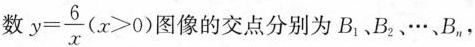
数$$y= \frac{6}{x}(x>0)$$ 图像的交点分别为B_{1}、B_{2}、···B_{n}，